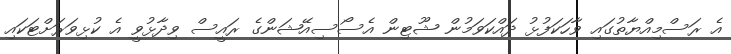
އެ ރަސްމިއްޔާތުގައި ވާހަކަފުޅު ދައްކަވަމުން ޝޫޓިން އެސޯސިއޭޝަންގެ ރައީސް ވިދާޅުވީ އެ ކުޅިވަރަށްޓަކައި